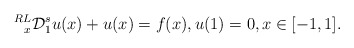
\begin{align*}\prescript{RL}{x}{\mathcal{D}}_{1}^{s}u(x)+u(x)=f(x),u{(1)}=0, x\in[-1,1]. \end{align*}